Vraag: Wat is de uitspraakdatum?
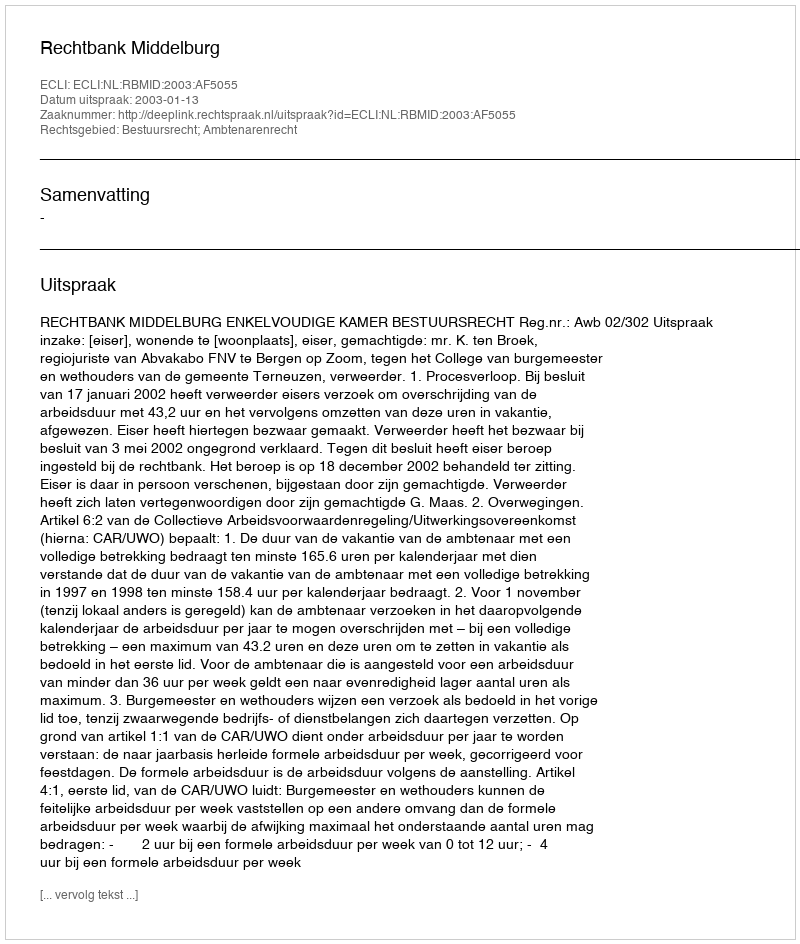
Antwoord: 2003-01-13